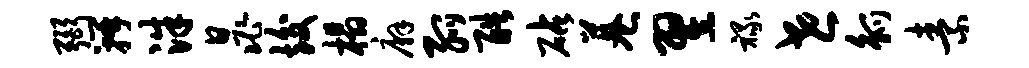
弼瓣洙晁竣榻廨弧酷砧巷翌禄世觚素